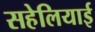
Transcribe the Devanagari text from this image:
सहेलियाई